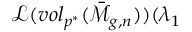
\mathcal { L ( } v o l _ { p ^ { \ast } } ( \mathcal { \bar { M } } _ { g , n } ) ) ( \lambda _ { 1 }